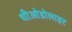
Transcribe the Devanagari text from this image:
थीओडोलाइट